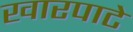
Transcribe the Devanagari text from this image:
खारपाटे